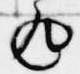
返